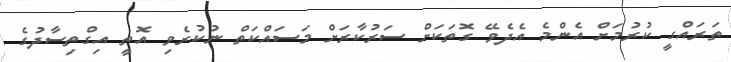
ތަރައްގީ ކުރުމަށް އެންމެ އެދެވޭ ގޮތަކަށް ސަރުކާރަށް މަސައްކަތް ނުކުރެވި އޮތީ އިގްތިސާދުގެ